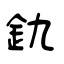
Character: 釚